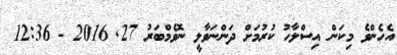
އެހެންވެ މިކަން އިސްލާހު ކުރުމަށް ދަންނަވާލީ ނޮވެމްބަރު 27